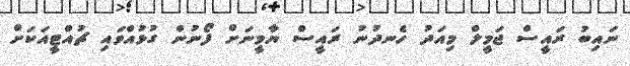
ނައިބު ރައީސް ޖަމީލް މިއަދު ހެނދުނު ރައީސް ޔާމީނަށް ފޯނުން ގުޅުއްވައި ޗުއްޓީއަކަށް